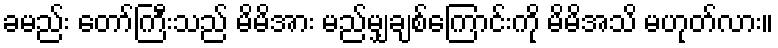
ခမည်း တော်ကြီးသည် မိမိအား မည်မျှချစ်ကြောင်းကို မိမိအသိ မဟုတ်လား။